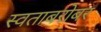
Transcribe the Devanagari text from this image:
स्वताबरोबर